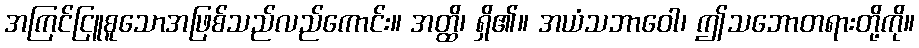
အကြင်ငြူစူသောအဖြစ်သည်လည်ကောင်း။ အတ္ထိ၊ ရှိ၏။ အယံသဘာဝေါ၊ ဤသဘောတရားတို့ကို။